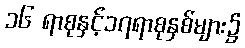
၁၆ ရာစုနှင့်၁၇ရာစုနှစ်များ၌